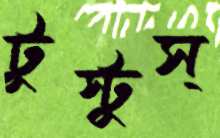
টুস্‌টুস্‌